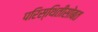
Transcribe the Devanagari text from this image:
परिस्थितीसोबत